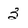
Character: 3